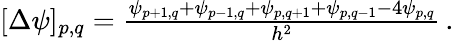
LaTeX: \begin{array}{r}{[\Delta\psi]_{p,q}=\frac{\psi_{p+1,q}+\psi_{p-1,q}+\psi_{p,q+1}+\psi_{p,q-1}-4\psi_{p,q}}{h^{2}}\, .}\end{array}